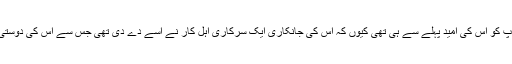
ٹینگو کے باپ کو اس کی امید پہلے سے ہی تھی کیوں کہ اس کی جانکاری ایک سرکاری اہل کار نے اسے دے دی تھی جس سے اس کی دوستی ہوگئی تھی۔